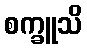
စက္ခူသိ